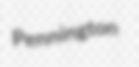
Pennington